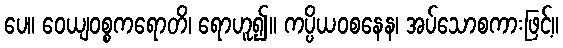
ပေ။ ဝေယျဝစ္စကရောတိ၊ ရောဟူ၍။ ကပ္ပိယဝစနေန၊ အပ်သောစကားဖြင့်။